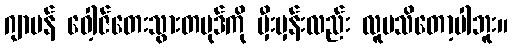
ဂျာမန် ဝေါ့ဇ်တေးသွားတပုဒ်ကို မှီးမှန်းလည်း လူမသိတော့ပါဘူး။